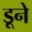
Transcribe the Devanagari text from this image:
डूने